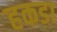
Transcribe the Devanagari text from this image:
हकडा